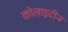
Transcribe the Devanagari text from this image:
कोलाइटीज